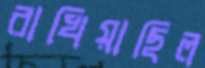
রাখিয়াছিল